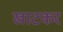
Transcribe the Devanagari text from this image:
खाटकर